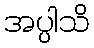
အပ္ပါသိ